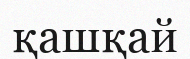
қашқай